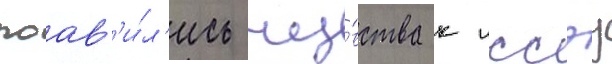
поав'и́л'ись чу́вства к иссэу